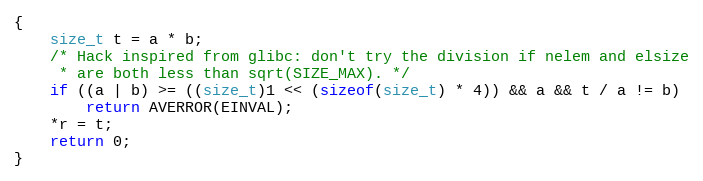
Language: C
{
    size_t t = a * b;
    /* Hack inspired from glibc: don't try the division if nelem and elsize
     * are both less than sqrt(SIZE_MAX). */
    if ((a | b) >= ((size_t)1 << (sizeof(size_t) * 4)) && a && t / a != b)
        return AVERROR(EINVAL);
    *r = t;
    return 0;
}